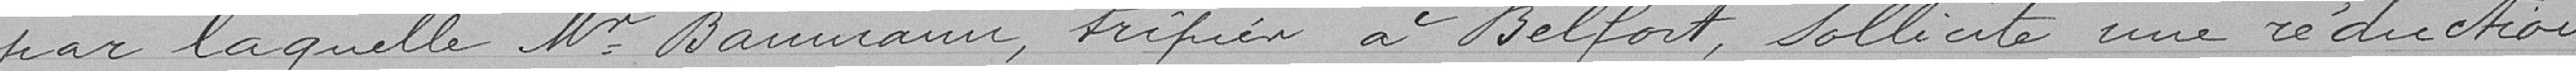
par laquelle M. Baumann, tripier à Belfort, sollicite une réduction